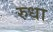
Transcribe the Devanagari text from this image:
रुधा